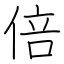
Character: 倍